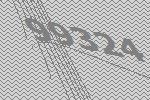
99324